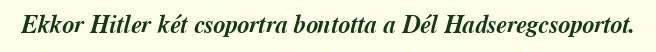
Ekkor Hitler két csoportra bontotta a Dél Hadseregcsoportot.